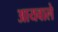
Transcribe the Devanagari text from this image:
आयवाले